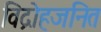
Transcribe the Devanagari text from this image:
विद्रोहजनित